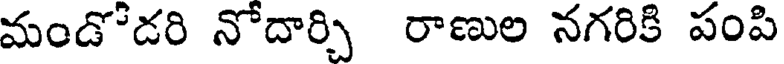
మండోడరి నోదార్చి రాణుల నగరికి పంపి